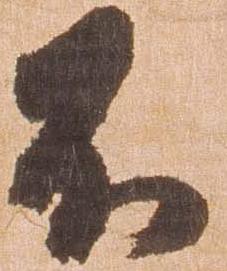
不